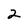
Character: 2